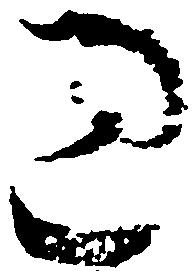
過